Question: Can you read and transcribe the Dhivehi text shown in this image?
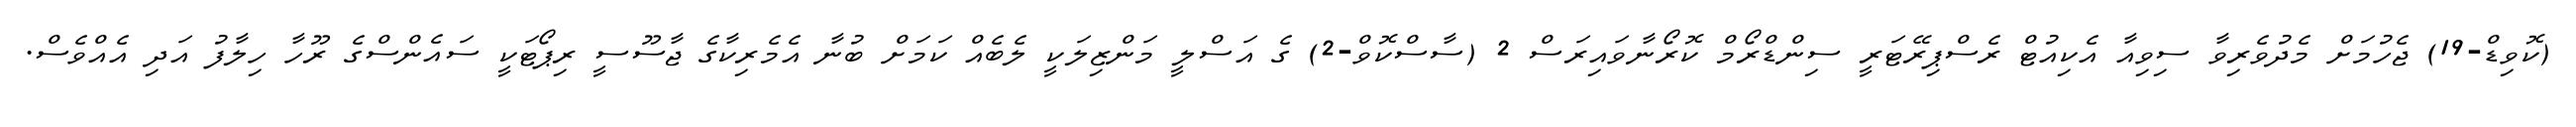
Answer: (ކޮވިޑް-19) ޖެހުމަށް މެދުވެރިވާ ސިވިއާ އެކިއުޓް ރެސްޕިރޭޓަރީ ސިންޑްރޯމް ކޮރޯނާވައިރަސް 2 (ސާސްކޮވް-2) ގެ އަސްލީ މަންޒިލަކީ ލެބެއް ކަމަށް ބުނާ އެމެރިކާގެ ޖާސޫސީ ރިޕޯޓަކީ ސައެންސްގެ ރޫހާ ހިލާފު އަދި އެއްވެސް.